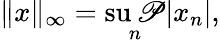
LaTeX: \| x\| _{\infty}=\operatorname*{su\mathscr{P}}_{n}|x_{n}|,